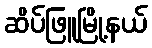
ဆိပ်ဖြူမြို့နယ်